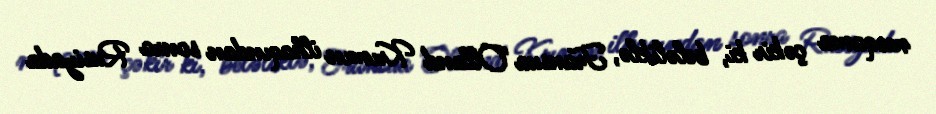
məqama çəkir ki, beləliklə, Fransua Olland Krımın ilhaqından sonra Rusiyada